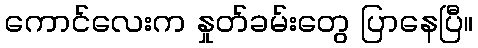
ကောင်လေးက နှုတ်ခမ်းတွေ ပြာနေပြီ။